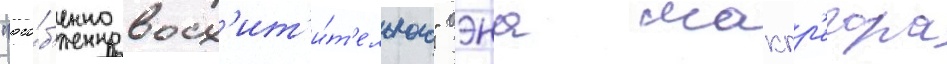
"осо́б'енно восх'ит'и́т'ельного" юэна макгр'егора